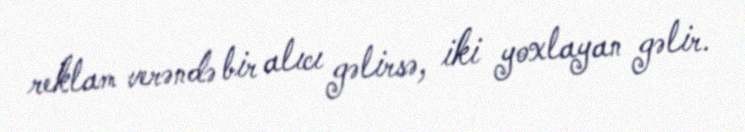
reklam verəndə bir alıcı gəlirsə, iki yoxlayan gəlir.